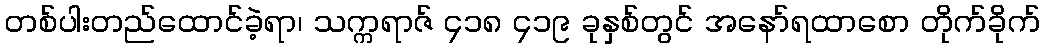
တစ်ပါးတည်ထောင်ခဲ့ရာ၊ သက္ကရာဇ် ၄၁၈ ၄၁၉ ခုနှစ်တွင် အနော်ရထာစော တိုက်ခိုက်